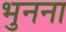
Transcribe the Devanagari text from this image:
भुनना